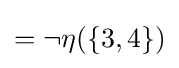
{\textstyle =\neg \eta (\{3,4\})}